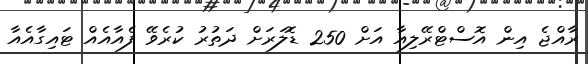
ރާއްޖެ އިން އޮސްޓްރޭލިއާ އަށް 250 ޑޮލަރަށް ދަތުރު ކުރެވޭ ފެއާއެއް ޓައިގާއެއާ